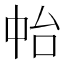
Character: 𠁯